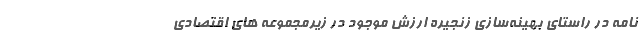
نامه در راستای بهینه‌سازی زنجیره ارزش موجود در زیرمجموعه های اقتصادی